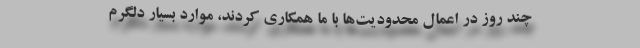
چند روز در اعمال محدودیت‌ها با ما همکاری کردند، موارد بسیار دلگرم